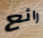
رائع